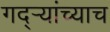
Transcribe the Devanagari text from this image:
गद्र्‍यांच्याच